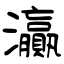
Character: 灜